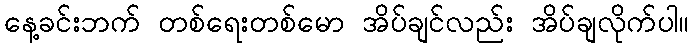
နေ့ခင်းဘက် တစ်ရေးတစ်မော အိပ်ချင်လည်း အိပ်ချလိုက်ပါ။